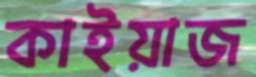
কাইয়াজ